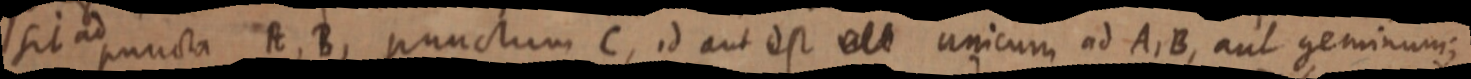
sit ad puncta A, B, punctum C, id aut est _ unicum ad A, B, aut geminum;